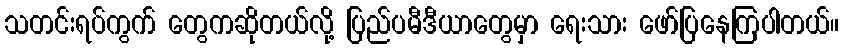
သတင်းရပ်ကွက် တွေကဆိုတယ်လို့ ပြည်ပမီဒီယာတွေမှာ ရေးသား ဖော်ပြနေကြပါတယ်။